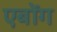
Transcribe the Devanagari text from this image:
एबोंग